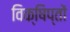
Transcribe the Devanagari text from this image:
विक्षिप्तों